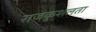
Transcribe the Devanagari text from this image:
राजकुशलता